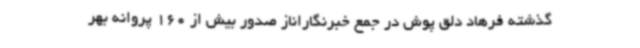
گذشته فرهاد دلق پوش در جمع خبرنگاراناز صدور بیش از 160 پروانه بهر